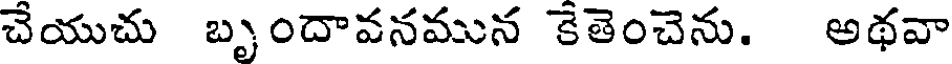
చేయుచు బృందావనమున కేతెంచెను. అథవా